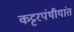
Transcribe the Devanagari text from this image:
कट्टरपंथीयांत